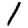
Digit: 1